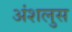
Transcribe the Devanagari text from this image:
अंशलुस